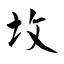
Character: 坆